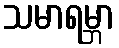
သမာရမ္ဘာ